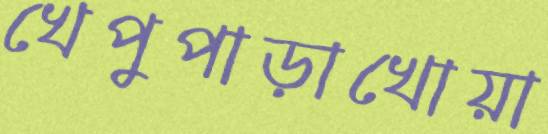
খেপুপাড়াখোয়া